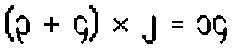
(၃ + ၄) × ၂ = ၁၄